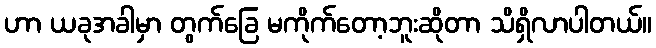
ဟာ ယခုအခါမှာ တွက်ခြေ မကိုက်တော့ဘူးဆိုတာ သိရှိလာပါတယ်။